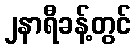
၂နာရီခန့်တွင်